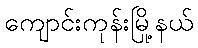
ကျောင်းကုန်းမြို့နယ်